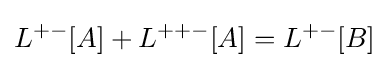
L^{+-}[A]+L^{++-}[A]=L^{+-}[B]